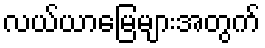
လယ်ယာမြေများအတွက်